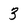
Character: 3